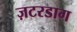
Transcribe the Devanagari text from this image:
ज़टरडाग